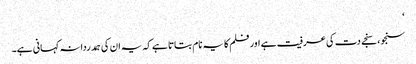
‘
سنجو، سنجے دت کی عرفیت ہے اور فلم کا یہ نام بتاتا ہے کہ یہ ان کی ہمدردانہ کہانی ہے۔